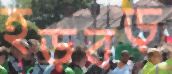
হড়বড়